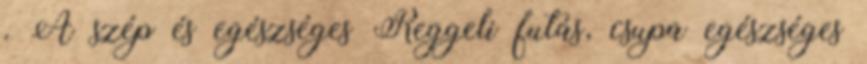
. A szép és egészséges Reggeli futás, csupa egészséges